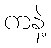
ကနဲ့